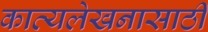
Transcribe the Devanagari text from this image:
काव्यलेखनासाठी